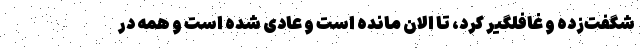
شگفت‌زده و غافلگیر کرد، تا الان مانده است و عادی شده است و همه در